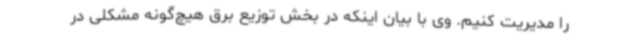
را مدیریت کنیم. وی با بیان اینکه در بخش توزیع برق هیچ‌گونه مشکلی در